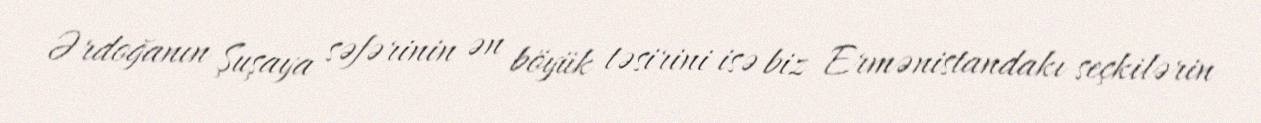
Ərdoğanın Şuşaya səfərinin ən böyük təsirini isə biz Ermənistandakı seçkilərin